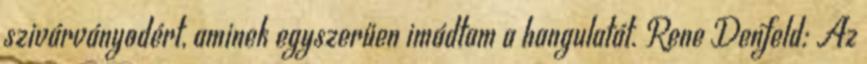
szivárványodért, aminek egyszerűen imádtam a hangulatát. Rene Denfeld: Az